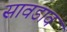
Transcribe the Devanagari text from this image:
सावडाव